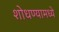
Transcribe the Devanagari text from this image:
शोधण्यामध्ये